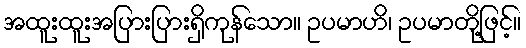
အထူးထူးအပြားပြားရှိကုန်သော။ ဥပမာဟိ၊ ဥပမာတို့ဖြင့်။